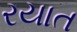
રયાત